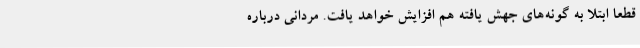
قطعا ابتلا به گونه‌های جهش یافته هم افزایش خواهد یافت. مردانی درباره